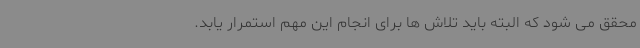
محقق می شود که البته باید تلاش ها برای انجام این مهم استمرار یابد.